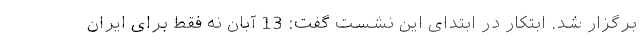
برگزار شد. ابتکار در ابتدای این نشست گفت: 13 آبان نه فقط برای ایران